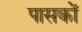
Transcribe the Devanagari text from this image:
पासकों